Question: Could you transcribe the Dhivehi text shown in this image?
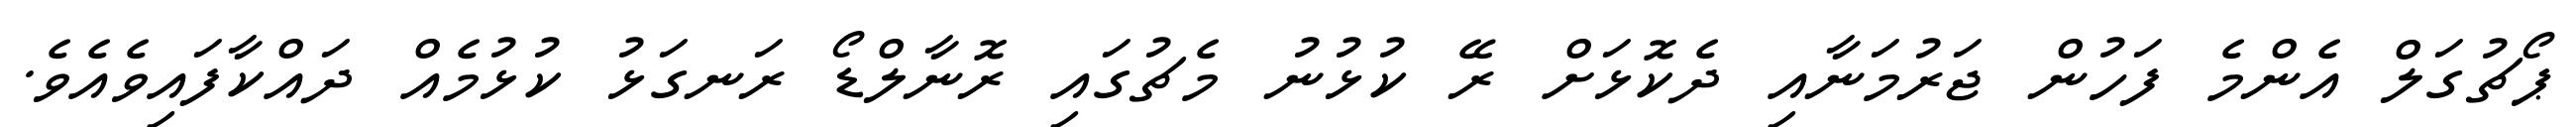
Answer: ޕޯޗުގަލް އެންމެ ފަހުން ޖަރުމަނާއި ދެކޮޅަށް ރޭ ކުޅުނު މެޗުގައި ރޮނާލްޑޯ ރަނގަޅު ކުޅުމެއް ދައްކާފައިވެއެވެ.